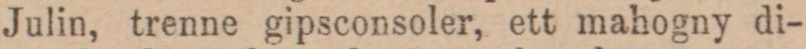
Julin, trenne gipsconsoler, ett mahogny di-